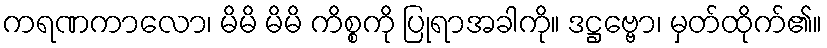
ကရဏကာလော၊ မိမိ မိမိ ကိစ္စကို ပြုရာအခါကို။ ဒဋ္ဌဗ္ဗော၊ မှတ်ထိုက်၏။